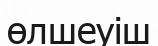
өлшеуіш